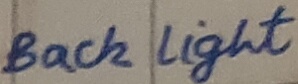
Text: Back Light